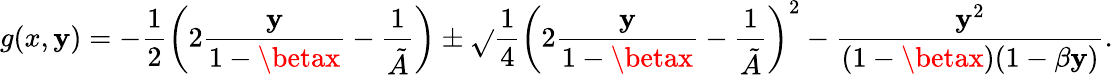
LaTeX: g(x,\mathbf{y})=-\frac{{1}}{{2}}\left(2\frac{{\mathbf{y}}}{{1-\betax}}-\frac{{1}}{{\tilde{{A}}}}\right)\pm\sqrt{}{{\frac{{1}}{{4}}\left(2\frac{{\mathbf{y}}}{{1-\betax}}-\frac{{1}}{{\tilde{{A}}}}\right)^{2}-\frac{{\mathbf{y}^{2}}}{{(1-\betax)(1-\beta\mathbf{y})}}}}.